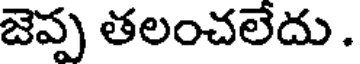
జెప్ప తలంచలేదు .